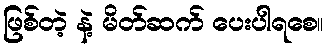
ဖြစ်တဲ့ နဲ့ မိတ်ဆက် ပေးပါရစေ။